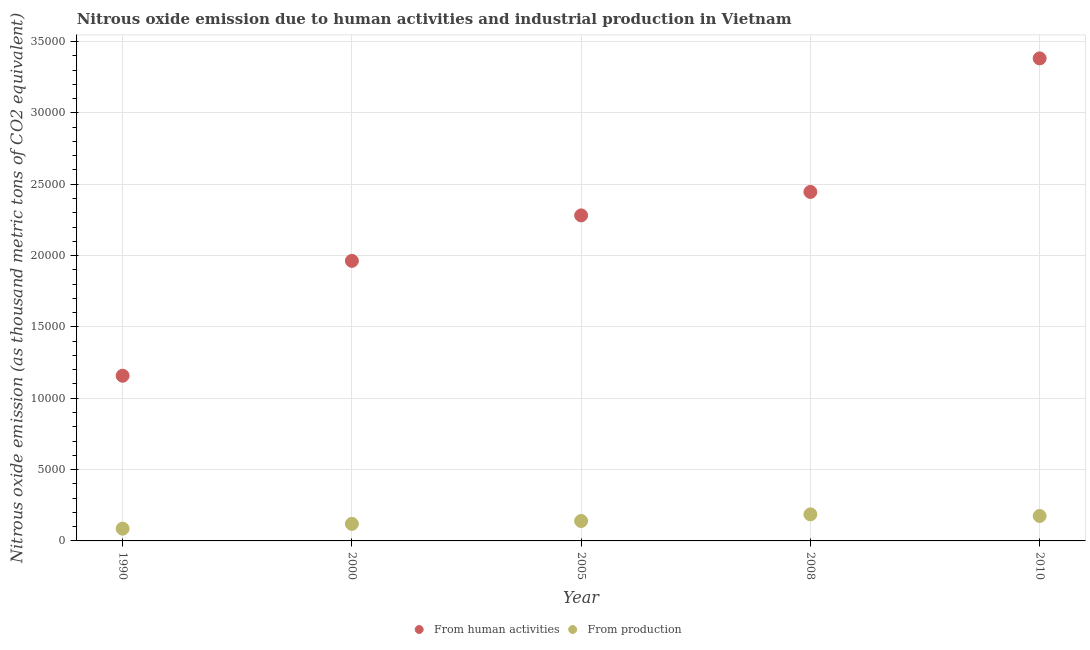
| Year | From human activities | From production |
 | --- | --- | --- |
 | 1990 | 1.16e+04 | 857 |
 | 2000 | 1.96e+04 | 1.2e+03 |
 | 2005 | 2.28e+04 | 1.4e+03 |
 | 2008 | 2.45e+04 | 1.86e+03 |
 | 2010 | 3.38e+04 | 1.75e+03 |